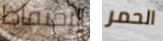
الإحتفاظ الحمر